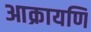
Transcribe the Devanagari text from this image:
आक्रायणि